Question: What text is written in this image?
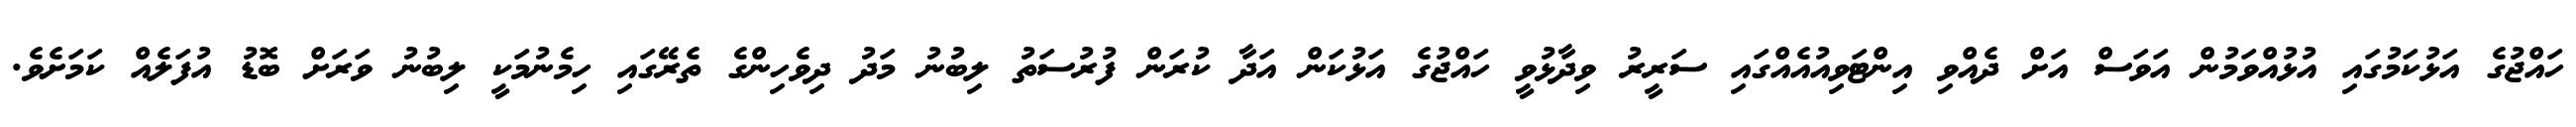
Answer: ހައްޖުގެ އަޅުކަމުގައި އުޅުއްވަމުން އަވަސް އަށް ދެއްވި އިންޓަވިއުއެއްގައި ސަރީރު ވިދާޅުވީ ހައްޖުގެ އަޅުކަން އަދާ ކުރަން ފުރުސަތު ލިބުނު މަދު ދިވެހިންގެ ތެރޭގައި ހިމެނުމަކީ ލިބުނު ވަރަށް ބޮޑު އުފަލެއް ކަމަށެވެ.